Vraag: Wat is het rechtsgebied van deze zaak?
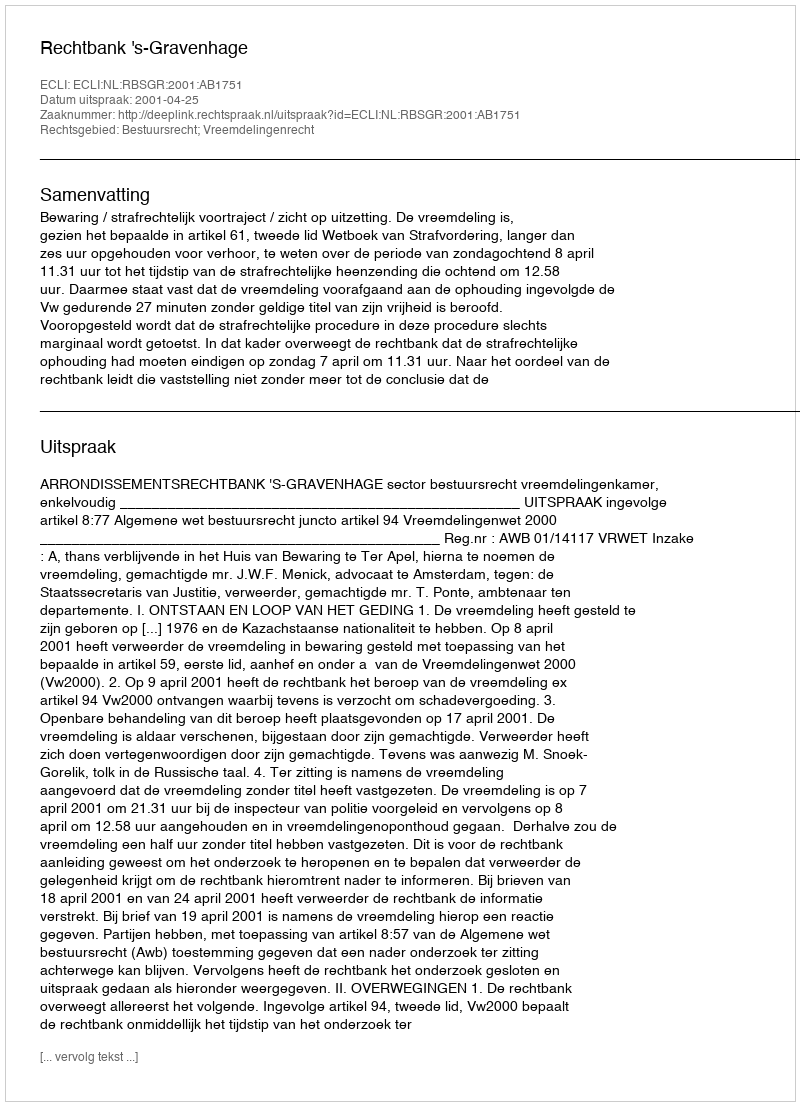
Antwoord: Bestuursrecht; Vreemdelingenrecht